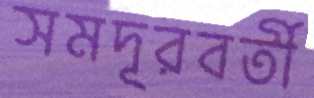
সমদূরবর্তী